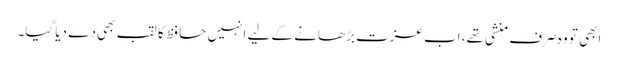
ابھی تو وہ صرف منشی تھے، اب عزت بڑھانے کے لیے انہیں حافظ کا لقب بھی دے دیا گیا۔